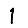
Digit: 1